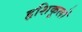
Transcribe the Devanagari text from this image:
हृशिकूलों